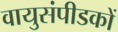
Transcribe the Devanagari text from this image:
वायुसंपीडकों